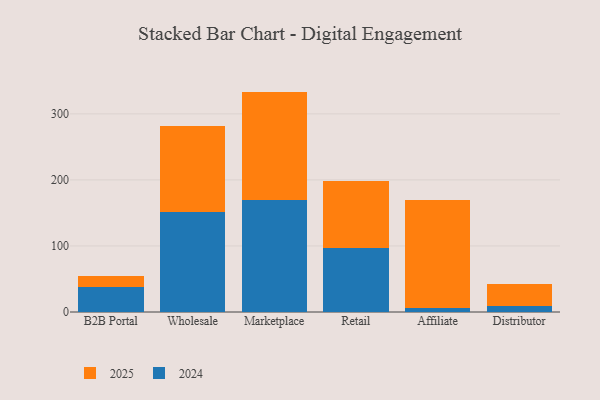
{"axis": {"x": "Channel", "y": "Page Views"}, "legend": ["2024", "2025"], "data": [{"x": "B2B Portal", "y": 37.9, "type": "2024"}, {"x": "B2B Portal", "y": 16.9, "type": "2025"}, {"x": "Wholesale", "y": 151.9, "type": "2024"}, {"x": "Wholesale", "y": 129.0, "type": "2025"}, {"x": "Marketplace", "y": 169.5, "type": "2024"}, {"x": "Marketplace", "y": 164.2, "type": "2025"}, {"x": "Retail", "y": 96.7, "type": "2024"}, {"x": "Retail", "y": 102.0, "type": "2025"}, {"x": "Affiliate", "y": 6.1, "type": "2024"}, {"x": "Affiliate", "y": 163.5, "type": "2025"}, {"x": "Distributor", "y": 9.6, "type": "2024"}, {"x": "Distributor", "y": 33.2, "type": "2025"}]}